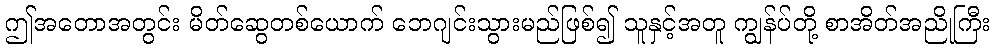
ဤအတောအတွင်း မိတ်ဆွေတစ်ယောက် ဘေဂျင်းသွားမည်ဖြစ်၍ သူနှင့်အတူ ကျွန်ပ်တို့ စာအိတ်အညိုကြီး